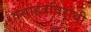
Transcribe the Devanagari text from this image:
वसाहतविरोधी